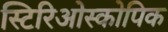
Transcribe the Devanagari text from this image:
स्टिरिओस्कोपिक